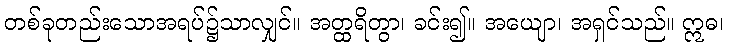
တစ်ခုတည်းသောအရပ်၌သာလျှင်။ အတ္ထရိတွာ၊ ခင်း၍။ အယျော၊ အရှင်သည်။ ဣဓ၊